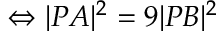
\Leftrightarrow | P A | ^ { 2 } = 9 | P B | ^ { 2 }